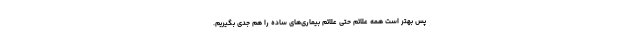
پس بهتر است همه علائم حتی علائم بیماری‌های ساده را هم جدی بگیریم.